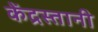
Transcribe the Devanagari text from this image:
केंद्रस्तानी